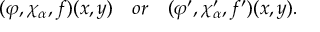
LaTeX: ( \varphi , \chi _ { \alpha } , f ) ( x , y ) \quad o r \quad ( \varphi ^ { \prime } , \chi _ { \alpha } ^ { \prime } , f ^ { \prime } ) ( x , y ) .